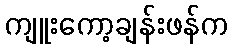
ကျူးကော့ချန်းဖန်က